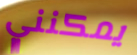
يمكنني